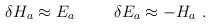
\begin{align*}{\delta}H_a \approx E_a \hspace{1cm} {\delta}E_a \approx - H_a \ .\end{align*}